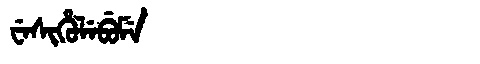
Manchu: ᠸᡝᠰᡳᡥᡠᠯᡝᠪᡠᠮᡝ
Romanization: WESIHULEBUME